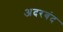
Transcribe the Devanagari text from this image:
अदरबंद